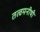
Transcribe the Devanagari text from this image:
तत्वमनीषी